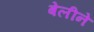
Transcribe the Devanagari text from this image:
बेलीने